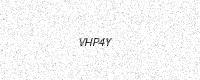
Text: VHP4Y